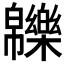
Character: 𤾾